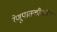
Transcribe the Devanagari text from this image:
रेणूपातळीवरील